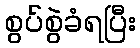
စွပ်စွဲခံရပြီး